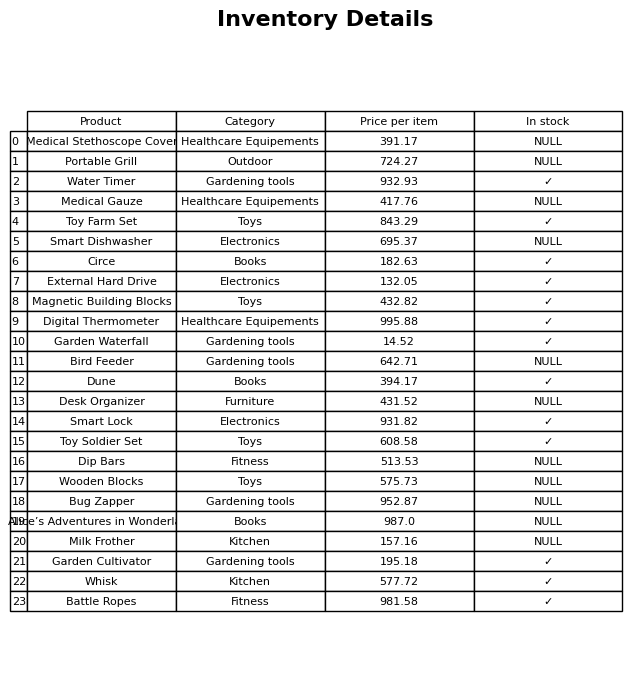
question: Which products are currently out of stock?
answer: Medical Stethoscope Cover, Portable Grill, Medical Gauze, Smart Dishwasher, Bird Feeder, Desk Organizer, Dip Bars, Wooden Blocks, Bug Zapper, Alice’s Adventures in Wonderland, Milk Frother